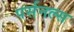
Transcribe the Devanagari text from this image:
पर्सनल्स